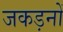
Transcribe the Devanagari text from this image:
जकड़नों